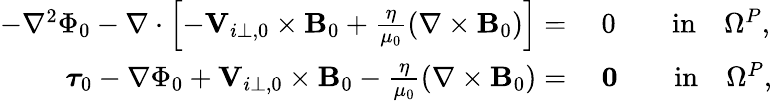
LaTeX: \begin{array}{rl}{-\nabla^{2}\Phi_{0}-\nabla\cdot\left[-{\mathbf V}_{i\perp,0}\times{\mathbf B_{0}}+\frac{\eta}{\mu_{0}}\left(\nabla\times{\mathbf B_{0}}\right)\right]=}&{~0\qquad\mathrm{in}\quad\Omega^{P},}\\ {\boldsymbol{\tau}_{0}-\nabla\Phi_{0}+{\mathbf V}_{i\perp,0}\times{\mathbf B_{0}}-\frac{\eta}{\mu_{0}}\left(\nabla\times{\mathbf B_{0}}\right)=}&{~\mathbf{0}\qquad\mathrm{in}\quad\Omega^{P},}\end{array}